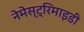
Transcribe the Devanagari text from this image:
नेमेस्ट्रिमाइडी